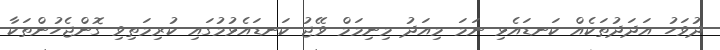
ދުވަހު އަދަދުތަކެއް ކަނޑައެޅި ނަމަ މިއަދު މިނިމަމް ވޭޖު ކަނޑައެޅުމުގައި ކުރިމަތިވި ގޮންޖެހުންތަކާ